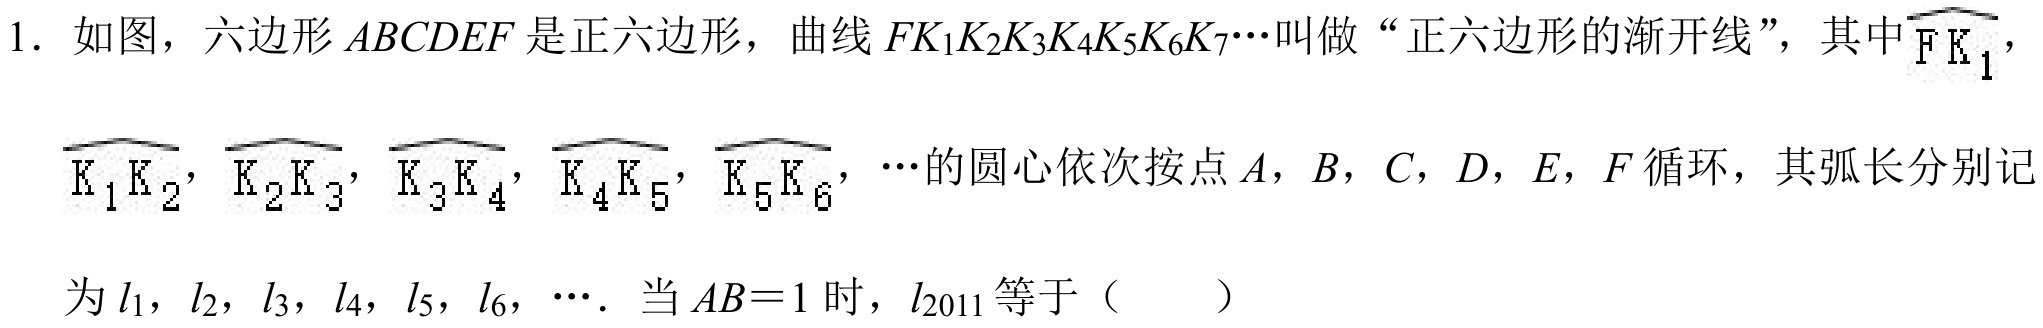
1. 如图，六边形 \(ABCDEF\) 是正六边形，曲线 \(FK_{1}K_{2}K_{3}K_{4}K_{5}K_{6}K_{7}\cdots\)叫做“正六边形的渐开线”，其中\(\overset{\frown}{FK_{1}}\)，
\(\overset{\frown}{K_{1}K_{2}}\)，\(\overset{\frown}{K_{2}K_{3}}\)，\(\overset{\frown}{K_{3}K_{4}}\)，\(\overset{\frown}{K_{4}K_{5}}\)，\(\overset{\frown}{K_{5}K_{6}}\)，\(\cdots\)的圆心依次按点 \(A\)，\(B\)，\(C\)，\(D\)，\(E\)，\(F\) 循环，其弧长分别记
为 \(l_{1}\)，\(l_{2}\)，\(l_{3}\)，\(l_{4}\)，\(l_{5}\)，\(l_{6}\)，\(\cdots\)．当 \(AB = 1\) 时，\(l_{2011}\) 等于（  ）